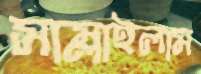
সাম্‌লাইলাম